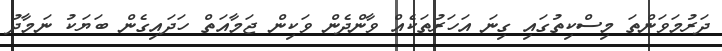
ދަރުމަވަންތަ މިސްކިތުގައި ގިނަ އަހަރުތަކެއް ވާންދެން ވަކިން ޖަމާއަތް ހަދައިގެން ބަޔަކު ނަމާދު